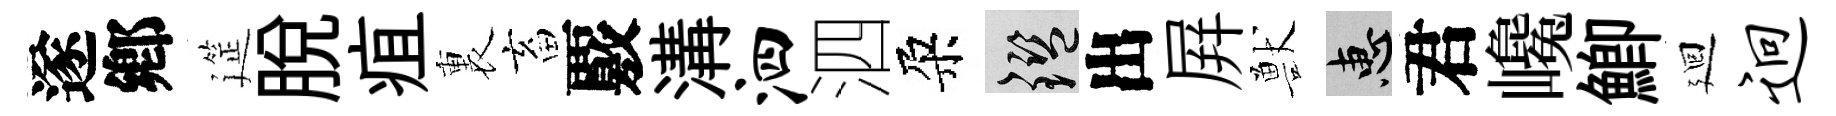
遂鄕筵脫疽裏畜覈溝泗泗朶鑒出屛獸惠君巉鯽廻迥